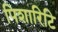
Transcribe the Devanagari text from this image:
पिशारिटि